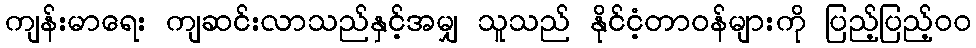
ကျန်းမာရေး ကျဆင်းလာသည်နှင့်အမျှ သူသည် နိုင်ငံ့တာဝန်များကို ပြည့်ပြည့်၀၀